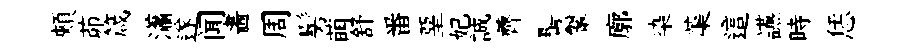
頰茆箴瀟遂闻畵周髣萌舒番堊妃誠薺髻鞶廓染蕖這讌時恁